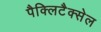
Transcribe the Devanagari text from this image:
पैक्लिटैक्सेल